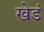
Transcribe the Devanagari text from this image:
खेडं